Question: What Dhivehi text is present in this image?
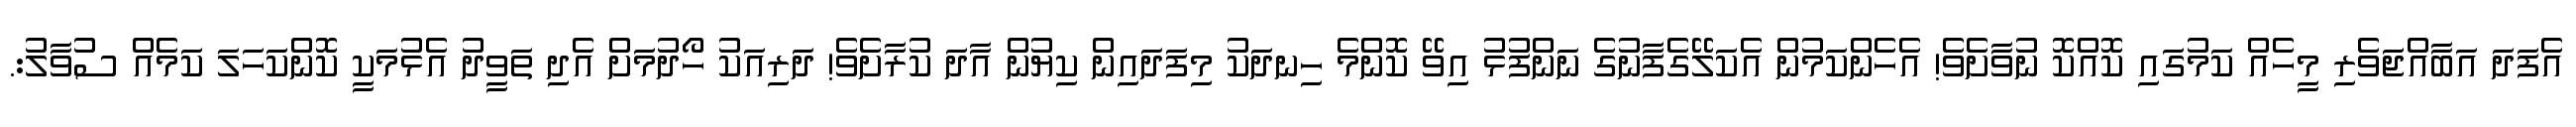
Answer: އެފަދަ އަބާއްޖަވެރި މީހެއް ކަމުގައި ކޮއްކޮ ނުވާށެވެ! އެހެންކަމުން އެކަލޭގެފާނުގެ ނަންފުޅު އިވޭ ކޮންމެ ހިނދަކު މިފަދައިން ކިޔުން އާދަ ކުރާށެވެ! ދަރިއަކު ހޯދުމަށް އެދި ތަވީދު އެޅުމަކީ ކޮންކަހަލަ ކަމެއް ސުވާލު:.